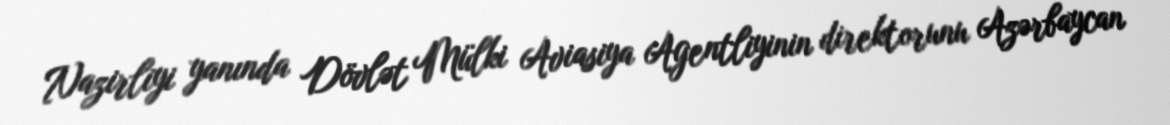
Nazirliyi yanında Dövlət Mülki Aviasiya Agentliyinin direktorunu Azərbaycan